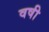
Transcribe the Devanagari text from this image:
वषी